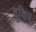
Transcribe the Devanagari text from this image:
वुकिर